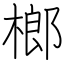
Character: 榔